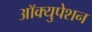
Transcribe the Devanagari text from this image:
आॅक्युपेशन